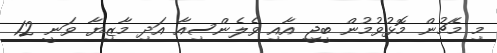
މި މެޗުން މޮޅުވުމުން ބީޖީ އާއި ވެލެންސިއާ އަދި މާޒިޔާ ވަނީ 12